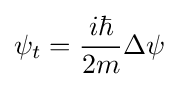
\psi _{t}={\frac {i\hbar }{2m}}\Delta \psi